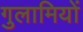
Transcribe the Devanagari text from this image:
गुलामियों